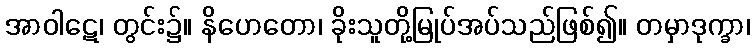
အာဝါဋေ၊ တွင်း၌။ နိဟေတော၊ ခိုးသူတို့မြုပ်အပ်သည်ဖြစ်၍။ တမှာဒုက္ခာ၊